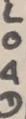
Text: LOAD